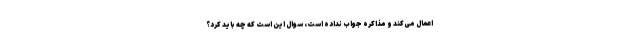
اعمال می‌کند و مذاکره جواب نداده است، سوال این است که چه باید کرد؟